Civil Veterinary Dept. Bombay admin report 1900-1906 - 1900-1906
Year: 1900
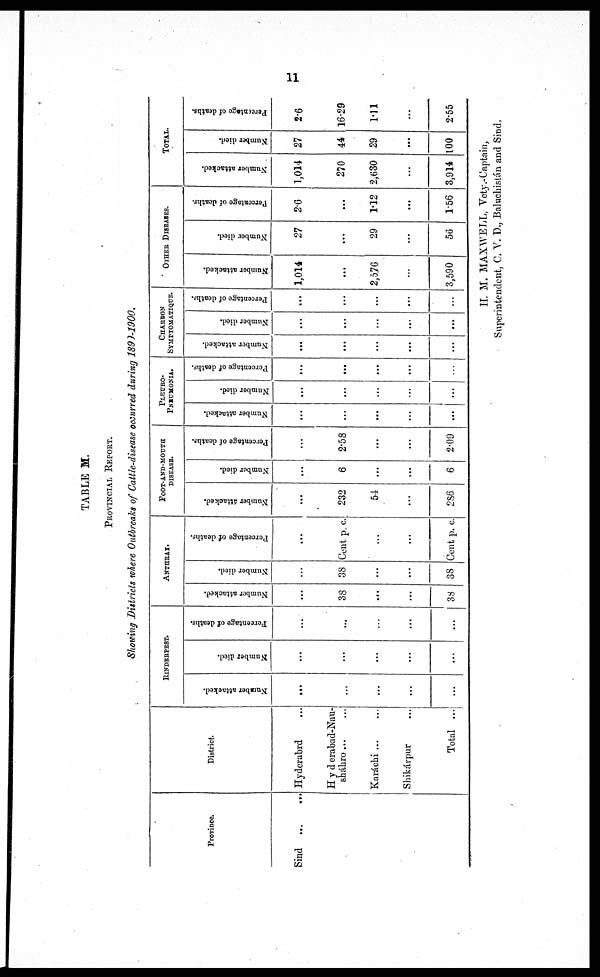
11
TABLE M.
PROVINCIAL REPORT.
Showing Districts where Outbreaks of Cattle-disease occurred during 1899-1900.
Province.
Sind
...
...
District.
Hyderabrd ...
Hyderabad-Nau-
sháhro ... ...
Karáchi ... ...
Shikárpur ...
Total ...
RINDERPEST.
Number attacked.
...
...
...
...
...
Number died.
...
...
...
...
...
Percentage of deaths.
...
...
...
...
ANTHRAX.
Number attacked.
...
38
...
...
38
Number died.
...
38
...
...
38
Percentage of deaths.
...
Cent p. c.
...
...
Cent p. c.
FOOT-AND-MOUTH
DISEASE.
Number attacked.
...
232
54
...
286
Number died.
...
6
...
...
6
Percentage of deaths.
...
2.58
...
...
2.09
PLEURO-
PNEUMONIA.
Number attacked.
...
...
...
...
...
Number died.
...
...
...
...
...
Percentage of deaths.
...
...
...
...
...
CHARBON
SYMPTOMATIQUE.
Number attacked.
...
...
...
...
...
Number died.
...
...
...
...
...
Percentage of deaths.
...
...
...
...
...
OTHER DISEASES.
Number attacked.
1,014
...
2,576
...
3,590
Number died.
27
...
29
...
56
Percentage of deaths.
2.6
...
1.12
...
1.56
TOTAL.
Number attacked.
1,014
270
2,630
...
3,914
Number died.
27
44
29
...
100
Percentage of deaths.
2.6
16.29
1.11
...
2.55
H. M. MAXWELL, Vety.-Captain,
Superintendent, C. V. D., Baluchistán and Sind.